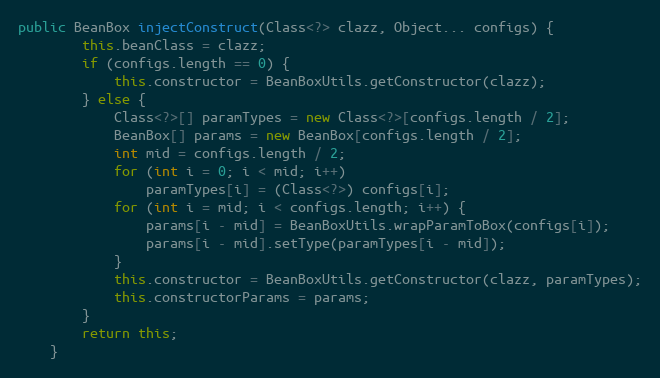
Language: Java
public BeanBox injectConstruct(Class<?> clazz, Object... configs) {
		this.beanClass = clazz;
		if (configs.length == 0) {
			this.constructor = BeanBoxUtils.getConstructor(clazz);
		} else {
			Class<?>[] paramTypes = new Class<?>[configs.length / 2];
			BeanBox[] params = new BeanBox[configs.length / 2];
			int mid = configs.length / 2;
			for (int i = 0; i < mid; i++)
				paramTypes[i] = (Class<?>) configs[i];
			for (int i = mid; i < configs.length; i++) {
				params[i - mid] = BeanBoxUtils.wrapParamToBox(configs[i]);
				params[i - mid].setType(paramTypes[i - mid]);
			}
			this.constructor = BeanBoxUtils.getConstructor(clazz, paramTypes);
			this.constructorParams = params;
		}
		return this;
	}